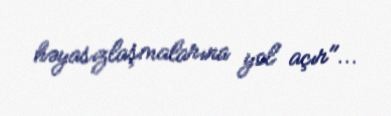
həyasızlaşmalarına yol açır"...